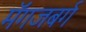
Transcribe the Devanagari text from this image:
मॅगजबर्ग